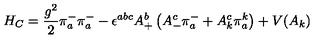
H _ { C } = \frac { g ^ { 2 } } { 2 } \pi _ { a } ^ { - } \pi _ { a } ^ { - } - \epsilon ^ { a b c } A _ { + } ^ { b } \left( A _ { - } ^ { c } \pi _ { a } ^ { - } + A _ { k } ^ { c } \pi _ { a } ^ { k } \right) + V ( A _ { k } )